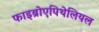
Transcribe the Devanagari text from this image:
फाइब्रोएपिथेलियल